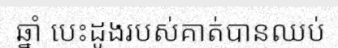
ឆ្នាំ បេះដូងរបស់គាត់បានឈប់